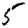
Digit: 5